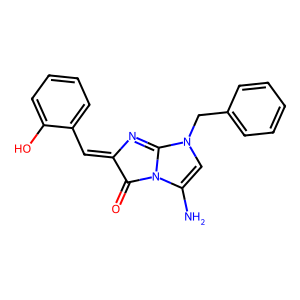
SMILES: NC1=CN(Cc2ccccc2)C2=NC(=Cc3ccccc3O)C(=O)N12
Inhibits HIV replication: No